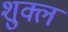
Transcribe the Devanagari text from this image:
शु्क्ल